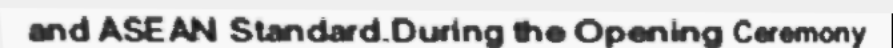
and ASEAN Standard.During the Opening Ceremony